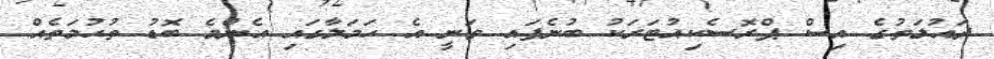
ދައުލަތުގެ އިސް ޕްރޮސެކިއުޓަރަކު ބުނެފައި ވަނީ އެ ހަމަލާގައި އެންމެ ބޮޑު ތުހުމަތެއް